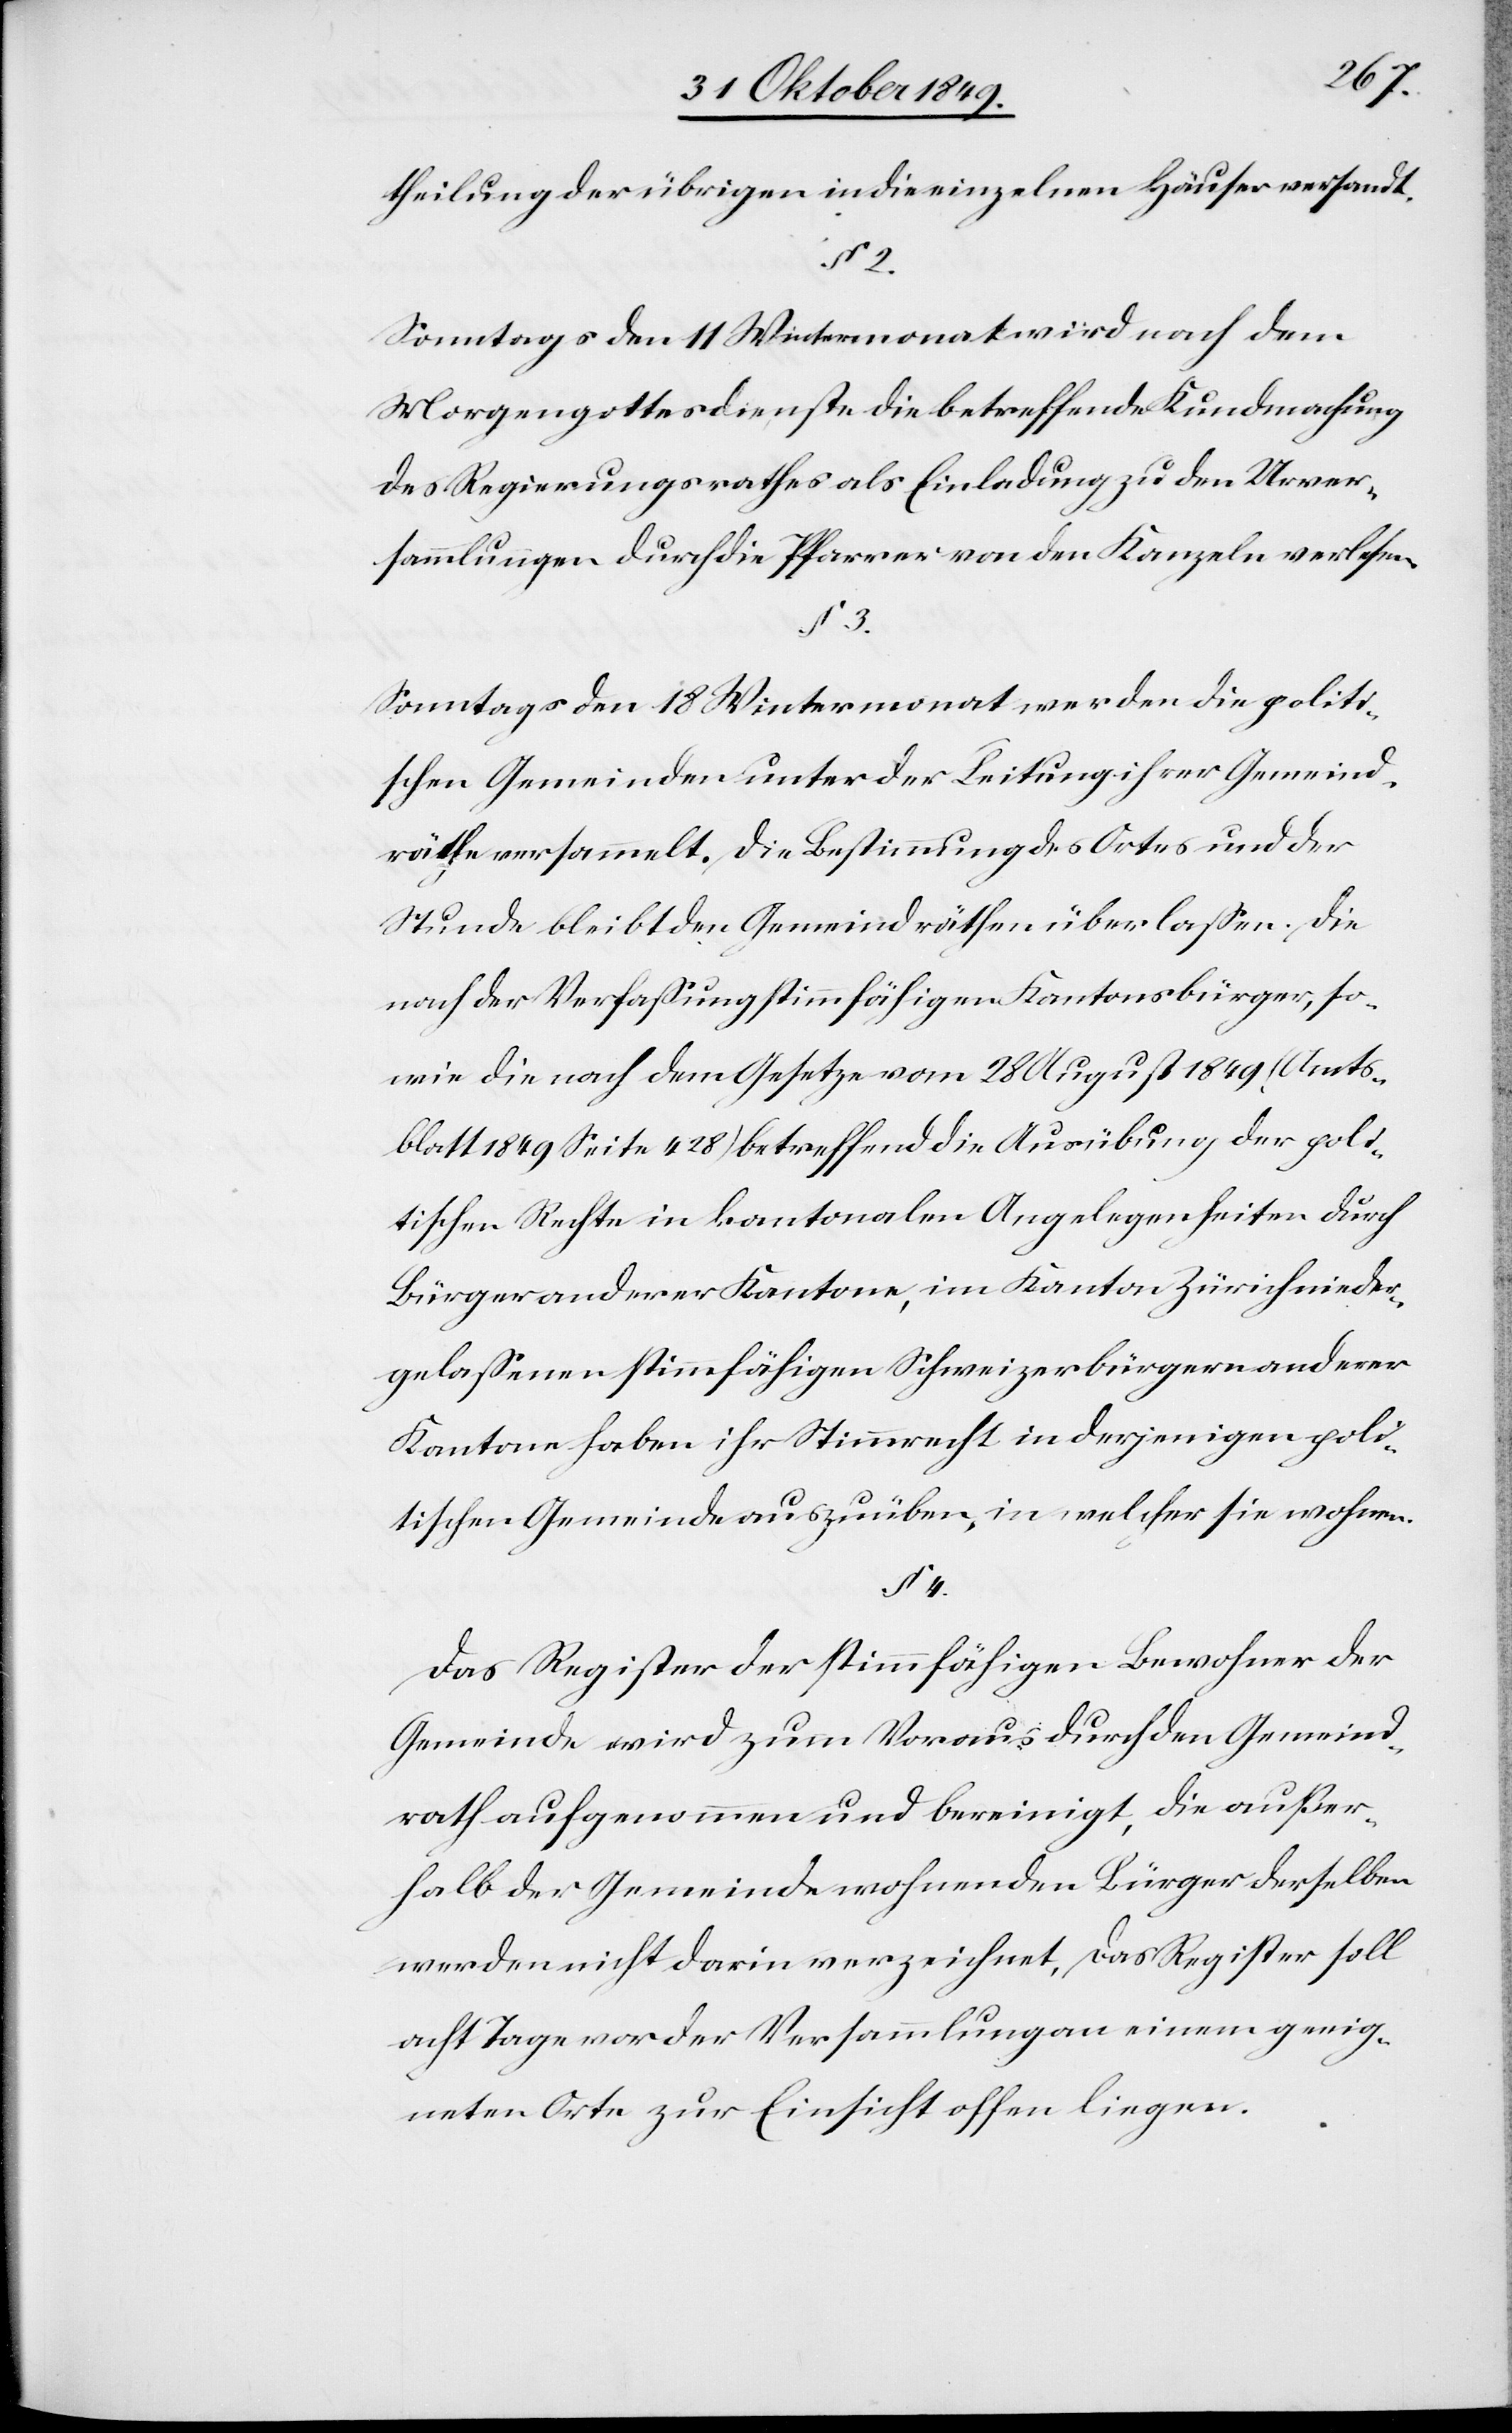
theilung der übrigen in die einzelnen Häuser versandt.
Sonntags den 11 Wintermonat wird nach dem
Morgengottesdienst die betreffende Kundmachung
des Regierungsrathes als Einladung den Urver¬
sammlungen durch die Pfarrei von den Kanzeln verlesen.
Sonntags den 18 Wintermonat werden die politi¬
schen Gemeinden unter der Leitung ihrer Gemeind¬
räthe versammelt. Die Bestimmung des Ortes und der
Stunde bleibt den Gemeindräthen überlaßen. Die
nach der Verfaßung stimmfähigen Kantonsbürger, so¬
wie die nach dem Gesetze vom 28 August 1849 (Amts¬
blatt 1849 Seite 428) betreffend die Ausübung der poli¬
tischen Rechte in kantonalen Angelegenheiten durch
Bürger anderer Kantone, im Kanton Zürich nieder¬
gelaßenen stimmfähigen Schweizerbürgern anderer
Kantone haben ihr Stimmrecht in derjenigen poli¬
tischen Gemeinde auszuüben, in welcher sie wohnen.
§ 4.
Das Register der stimmfähigen Bewohner der
Gemeinde wird zum Voraus durch den Gemeind¬
rath aufgenommen und bereinigt, die außer¬
halb der Gemeinde wohnenden Bürger derselben
werden nicht darin verzeichnet, das Register soll
acht Tage vor der Versammlung an einem geeig¬
neten Orte zur Einsicht offen liegen.